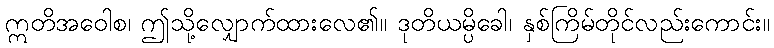
ဣတိအဝေါစ၊ ဤသို့လျှောက်ထားလေ၏။ ဒုတိယမ္ပိခေါ၊ နှစ်ကြိမ်တိုင်လည်းကောင်း။